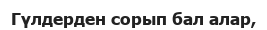
Гүлдерден сорып бал алар,